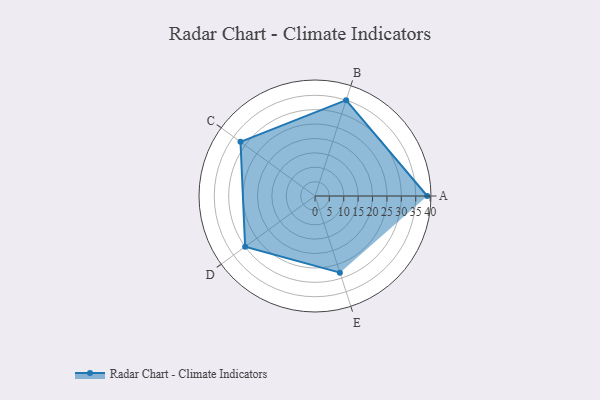
{"axis": {"x": "Skill", "y": "Score"}, "legend": ["Profile"], "data": [{"x": "A", "y": 39.0, "type": "Profile"}, {"x": "B", "y": 35.0, "type": "Profile"}, {"x": "C", "y": 32.0, "type": "Profile"}, {"x": "D", "y": 30.0, "type": "Profile"}, {"x": "E", "y": 28.0, "type": "Profile"}]}